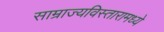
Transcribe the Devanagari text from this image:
साम्राज्यविस्तारामध्ये